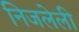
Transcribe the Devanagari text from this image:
निजलेली